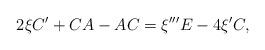
LaTeX: \begin{align*}2\xi C^{\prime}+CA-AC=\xi^{\prime\prime\prime}E-4\xi^{\prime}C,\end{align*}